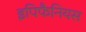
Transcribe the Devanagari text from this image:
इपिफैनियस